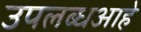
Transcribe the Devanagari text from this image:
उपलब्धआहे